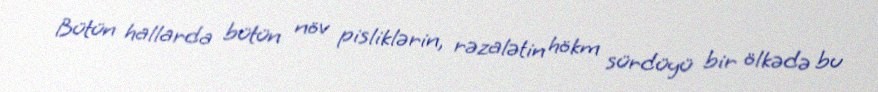
Bütün hallarda bütün növ pisliklərin, rəzalətin hökm sürdüyü bir ölkədə bu